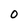
Character: 0